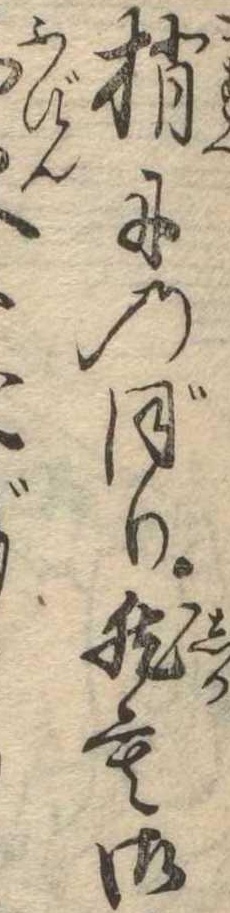
梢にのぼり然も御